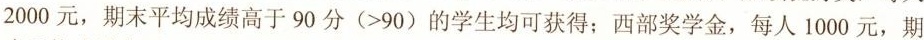
2000元，期末平均成绩高于90分(>90)的学生均可获得；西部奖学金，每人1000元，期